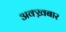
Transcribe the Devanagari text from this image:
अक्ख़बार